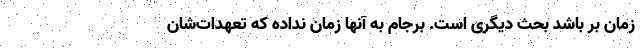
زمان بر باشد بحث دیگری است. برجام به آنها زمان نداده که تعهدات‌شان